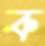
ক